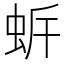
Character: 𧉲